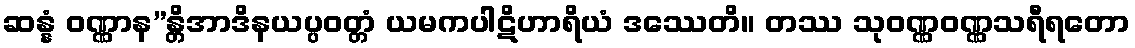
ဆန္နံ ဝဏ္ဏာန”န္တိအာဒိနယပ္ပဝတ္တံ ယမကပါဋိဟာရိယံ ဒဿေတိ။ တဿ သုဝဏ္ဏဝဏ္ဏသရီရတော